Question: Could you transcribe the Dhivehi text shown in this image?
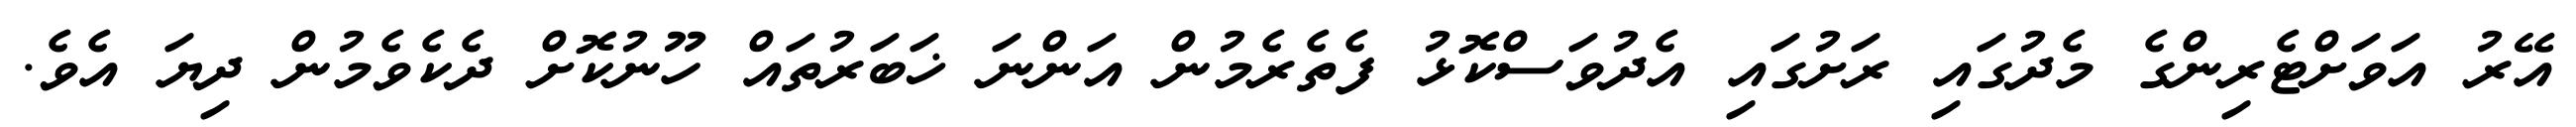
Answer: އޭރު އަވަށްޓެރިންގެ މެދުގައި ރަށުގައި އެދުވަސްކޮޅު ފެތެރެމުން އަންނަ ޚަބަރުތައް ހޫނުކޮށް ދެކެވެމުން ދިޔަ އެވެ.